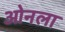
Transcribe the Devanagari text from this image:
ओनला